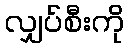
လျှပ်စီးကို